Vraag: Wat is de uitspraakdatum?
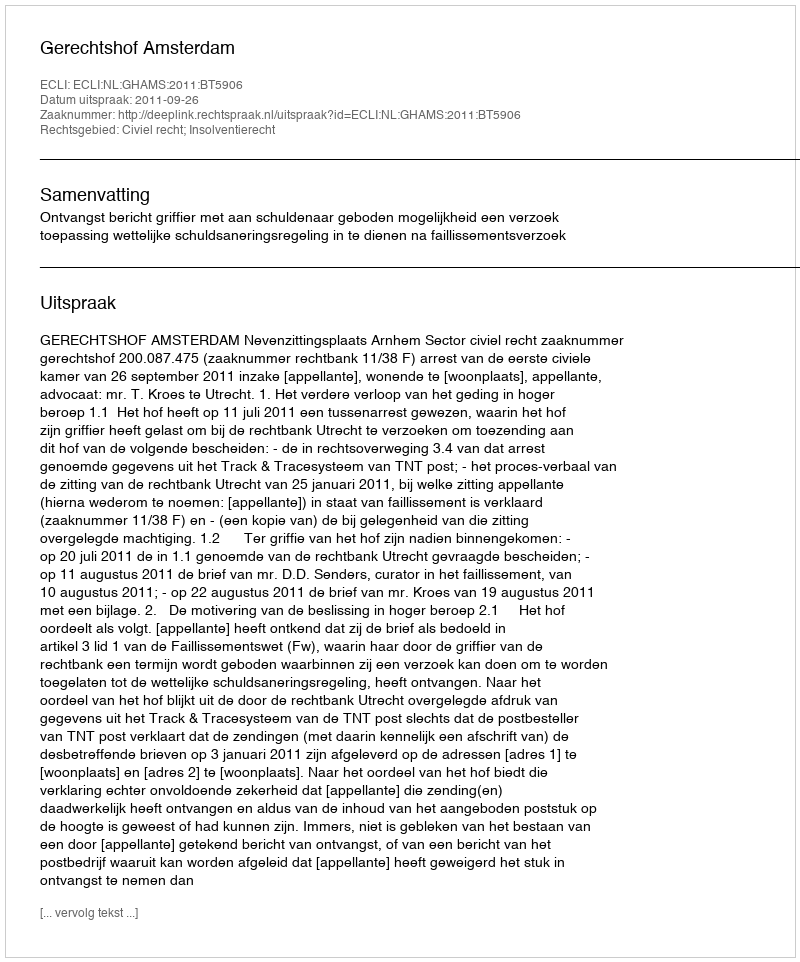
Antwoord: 2011-09-26